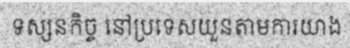
ទស្សនកិច្ច នៅប្រទេសយួនតាមការយាង